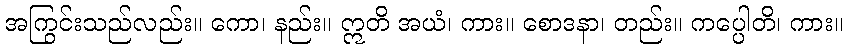
အကြွင်းသည်လည်း။ ကော၊ နည်း။ ဣတိ အယံ၊ ကား။ စောဒနာ၊ တည်း။ ကပ္ပေါတိ၊ ကား။